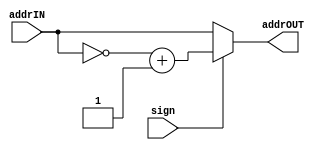
module addrConv(
    input [8:0] addrIN,
    input sign,
    output [8:0] addrOUT
    );
    
    reg [8:0] addrOUT;
    
    always @(*) begin
       if (sign==0)
          addrOUT = addrIN;
       else
          addrOUT=~addrIN+1;
    end
endmodule